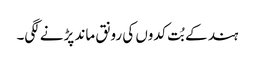
ہند کے بُت کدوں کی رونق ماند پڑنے لگی۔